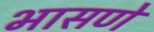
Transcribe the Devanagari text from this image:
भासणे